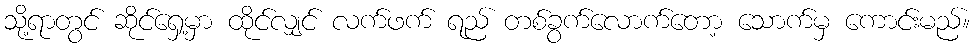
သို့ရာတွင် ဆိုင်ရှေ့မှာ ထိုင်လျှင် လက်ဖက် ရည် တစ်ခွက်လောက်တော့ သောက်မှ ကောင်းမည်။